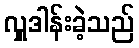
လှူဒါန်းခဲ့သည်